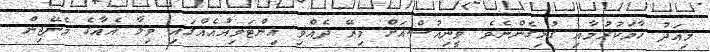
މިއަދު ހާމަކުރުމާއި ގުޅިގެންނެވެ. ވީނިއުސްއަށް މިރޭ ދެއްވި އިންޓަވިއުއެއްގައި ވިލާ އެއާގެ މެނޭޖިން